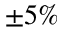
\pm 5 \%